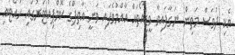
އެކި ދުވަސް މަތިން ނަގާފައިވާ ވީޑިއޯތައް އާއްމުވެފައި ވަނީ އާތިފްގެ ކޮމްޕިއުޓަރުގައި ހުއްޓައި